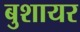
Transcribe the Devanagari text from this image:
बुशायर